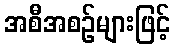
အစီအစဉ်များဖြင့်